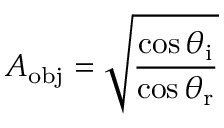
A _ { \mathrm { o b j } } = \sqrt { \frac { \cos \theta _ { \mathrm { i } } } { \cos \theta _ { \mathrm { r } } } }